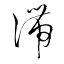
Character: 滯